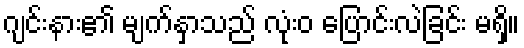
ဂျင်းနား၏ မျက်နှာသည် လုံးဝ ပြောင်းလဲခြင်း မရှိ။